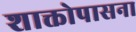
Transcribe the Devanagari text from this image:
शाक्तोपासना